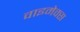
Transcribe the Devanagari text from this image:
वाइमेक्स